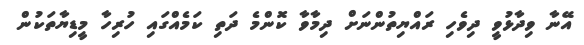
އޭނާ ވިދާޅުވީ ދިވެހި ރައްޔިތުންނަށް ދިމާވާ ކޮންމެ ދަތި ކަމެއްގައި ހުރިހާ މީޑިޔާތަކުން